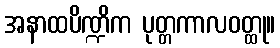
အနာထပိဏ္ဍိက ပုတ္တကာလဝတ္ထု။